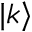
| k \rangle